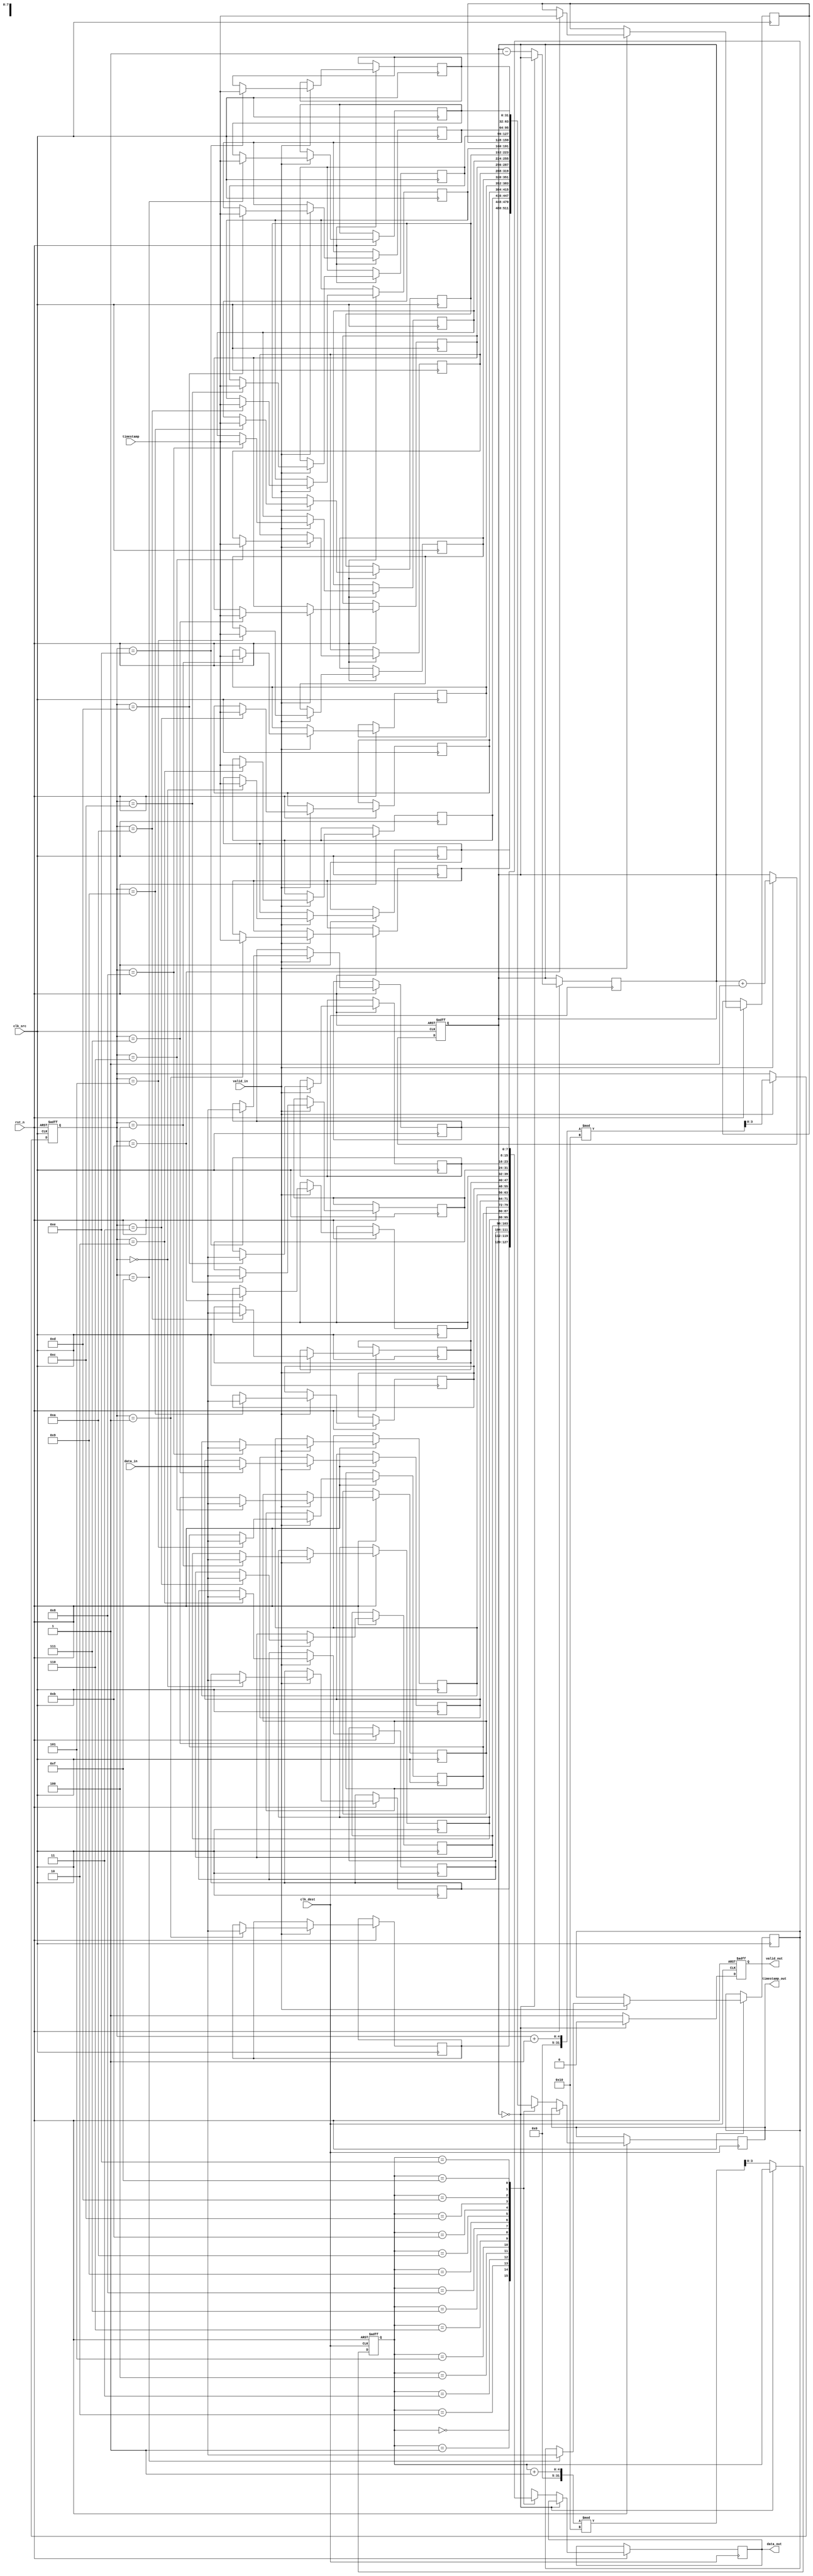
module timestamped_sync #(
    parameter DATA_WIDTH = 8,
    parameter TIMESTAMP_WIDTH = 32,
    parameter FIFO_DEPTH = 16
)(
    // Inputs
    input wire [DATA_WIDTH-1:0] data_in,
    input wire [TIMESTAMP_WIDTH-1:0] timestamp,
    input wire clk_src,
    input wire clk_dest,
    input wire valid_in,
    input wire rst_n,

    // Outputs
    output reg [DATA_WIDTH-1:0] data_out,
    output reg [TIMESTAMP_WIDTH-1:0] timestamp_out,
    output reg valid_out
);

// FIFO buffer for data and timestamp
reg [DATA_WIDTH-1:0] fifo_data [0:FIFO_DEPTH-1];
reg [TIMESTAMP_WIDTH-1:0] fifo_timestamp [0:FIFO_DEPTH-1];
reg [3:0] write_ptr = 0;
reg [3:0] read_ptr = 0;
reg [3:0] fifo_count = 0;

// FIFO status signals
wire fifo_empty = (fifo_count == 0);
wire fifo_full = (fifo_count == FIFO_DEPTH);

// Write Control Logic (Source Domain)
always @(posedge clk_src or negedge rst_n) begin
    if (!rst_n) begin
        write_ptr <= 0;
        fifo_count <= 0;
    end else if (valid_in && !fifo_full) begin
        fifo_data[write_ptr] <= data_in;
        fifo_timestamp[write_ptr] <= timestamp;
        write_ptr <= (write_ptr + 1) % FIFO_DEPTH;
        fifo_count <= fifo_count + 1;
    end
end

// Read Control Logic (Destination Domain)
always @(posedge clk_dest or negedge rst_n) begin
    if (!rst_n) begin
        read_ptr <= 0;
        valid_out <= 0;
    end else if (!fifo_empty) begin
        data_out <= fifo_data[read_ptr];
        timestamp_out <= fifo_timestamp[read_ptr];
        valid_out <= 1;
        read_ptr <= (read_ptr + 1) % FIFO_DEPTH;
        fifo_count <= fifo_count - 1;
    end else begin
        valid_out <= 0; // No valid output if FIFO is empty
    end
end

endmodule